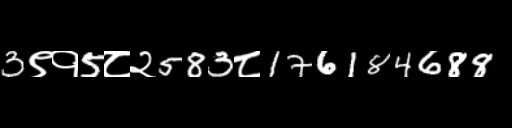
Text: 3९१5८२583८176184688